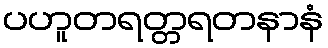
ပဟူတရတ္တရတနာနံ